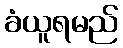
ခံယူရမည်